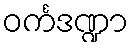
ဝင်္ကဒဏ္ဍာ